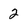
Character: 2